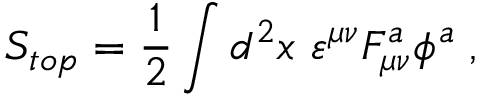
S _ { t o p } = \frac 1 2 \int d ^ { 2 } x \, \, \varepsilon ^ { \mu \nu } F _ { \mu \nu } ^ { a } \phi ^ { a } \; ,